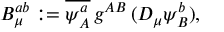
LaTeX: B _ { \mu } ^ { a b } : = \overline { { { \psi _ { A } ^ { a } } } } \, g ^ { A B } \, ( D _ { \mu } \psi _ { B } ^ { b } ) ,